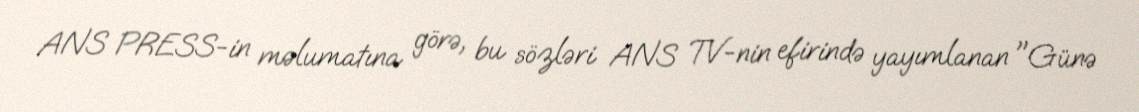
ANS PRESS-in məlumatına görə, bu sözləri ANS TV-nin efirində yayımlanan "Günə